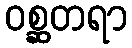
ဝစ္ဆတရာ